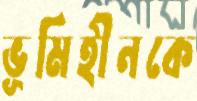
ভূমিহীনকে